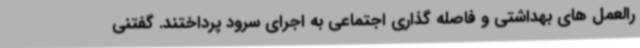
رالعمل های بهداشتی و فاصله گذاری اجتماعی به اجرای سرود پرداختند. گفتنی